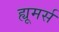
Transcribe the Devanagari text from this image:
ह्यूमर्स